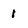
Character: 1